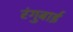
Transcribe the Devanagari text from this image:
रंगुबाई